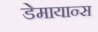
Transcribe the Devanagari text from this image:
डेमायान्स